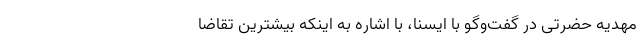
مهدیه حضرتی در گفت‌وگو با ایسنا،‌ با اشاره به اینکه بیشترین تقاضا